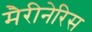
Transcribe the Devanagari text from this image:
मैरीनेरिस